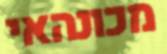
מכונהאי